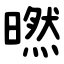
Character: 㬗